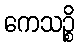
ကေသဉ္စိ